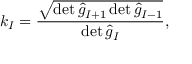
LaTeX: { k } _ { I } = \frac { \sqrt { \operatorname * { d e t } { \hat { g } } _ { I + 1 } \operatorname * { d e t } { \hat { g } } _ { I - 1 } } } { \operatorname * { d e t } { \hat { g } } _ { I } } ,